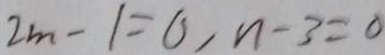
2 m - 1 = 0 , n - 3 = 0